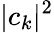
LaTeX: |c_{k}|^{2}